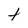
Character: t